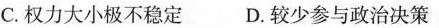
C.权力大小极不稳定 D.较少参与政治决策